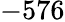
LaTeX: -576